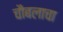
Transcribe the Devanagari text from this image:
चौबलाचा